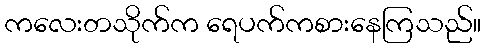
ကလေးတသိုက်က ရေပက်ကစားနေကြသည်။